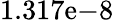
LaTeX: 1.317\mathrm{e}{-8}